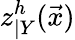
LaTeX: z_{\vert Y}^{h}(\vec{x})